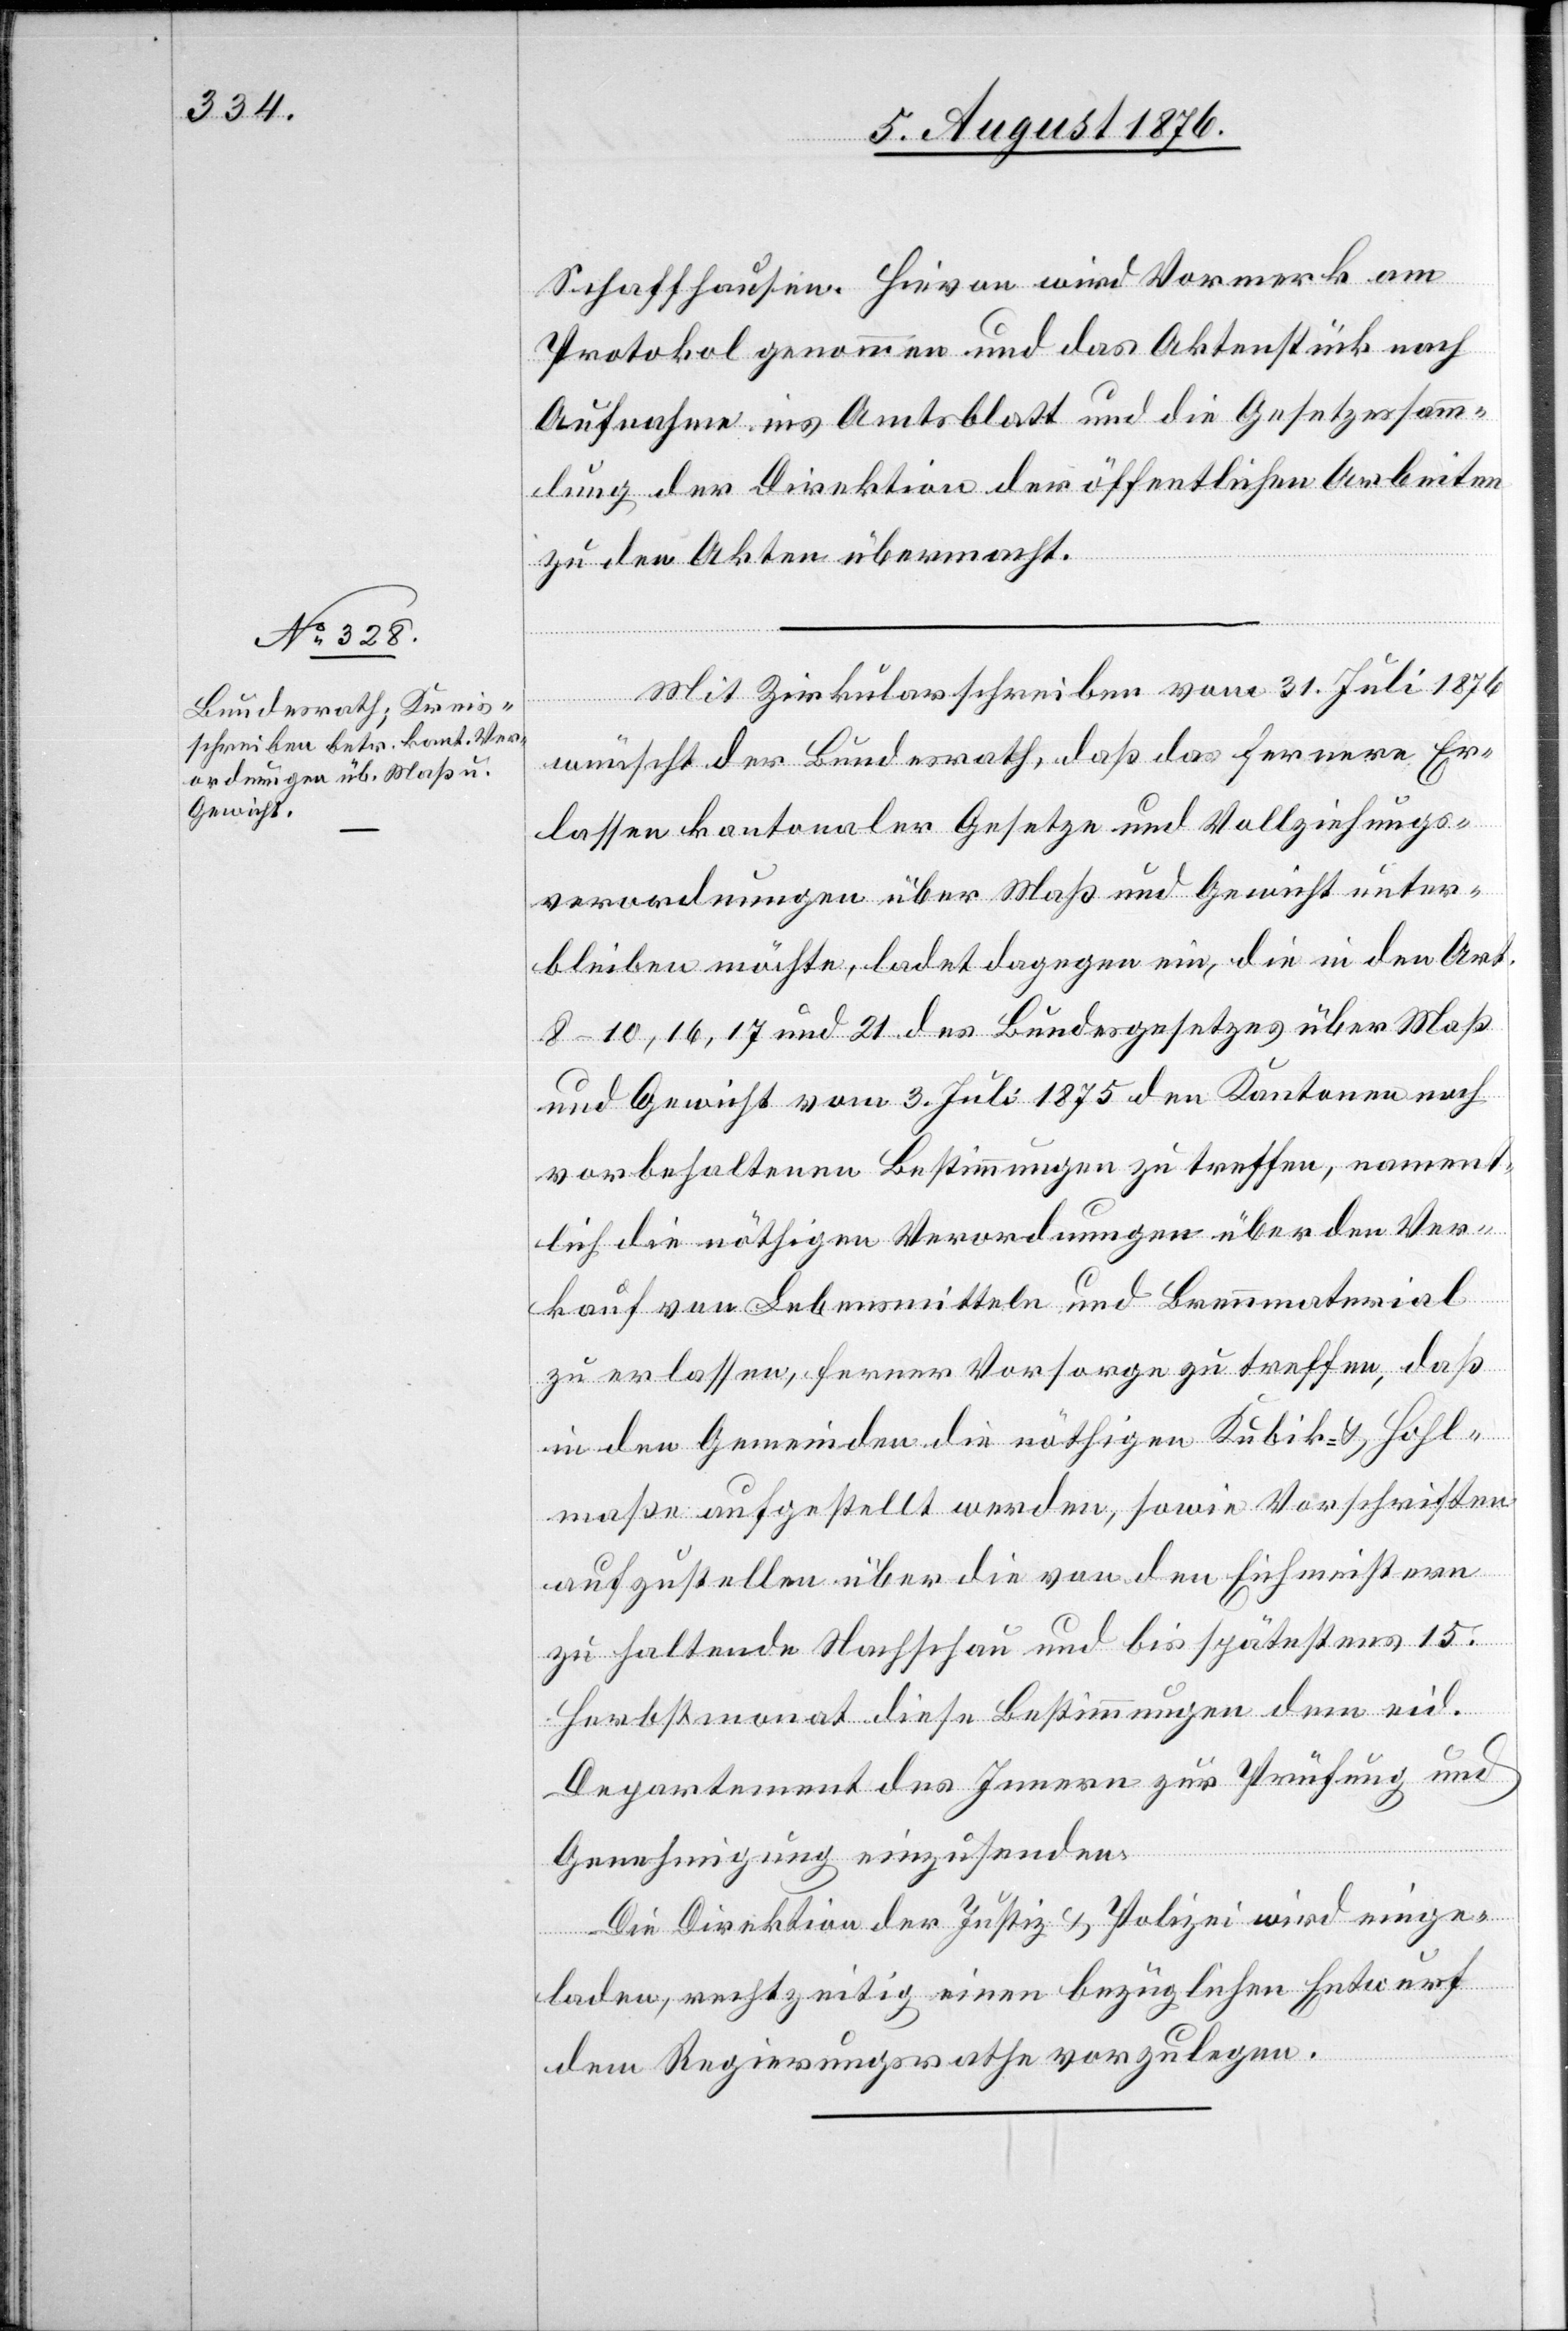
Schaffhausen. Hievon wird Vormerk am
Protokol genommen und das Aktenstück nach
Aufnahme ins Amtsblatt und die Gesetzessamm¬
lung der Direktion der öffentlichen Arbeiten
zu den Akten übermacht.
Mit Zirkularschreiben vom 31. Juli 1876
wünscht der Bundesrath, daß das fernere Er¬
lassen kantonaler Gesetze und Vollziehungs¬
verordnungen über Maß und Gewicht unter¬
bleiben möchte, ladet dagegen ein, die den Art.
8–10, 16, 17 und 21 des Bundesgesetzes über Maß
und Gewicht vom 3. Juli 1875 den Kantonen nach
vorbehaltenen Bestimmungen zu treffen, nament¬
lich die nöthigen Verordnungen über den Ver¬
kauf von Lebensmitteln und Brennmaterial
zu erlassen, ferner Vorsorge zu treffen, daß
in den Gemeinden die nöthigen Kubik- & Hohl¬
maße aufgestellt werden, sowie Vorschriften
aufzustellen über die von den Eichmeistern
zu haltende Nachschau und bis spätestens 15.
Herbstmonat diese Bestimmungen dem eid.
Departement des Innern zur Prüfung und
Genehmigung einzusenden.
Die Direktion der Justiz & Polizei wird einge¬
laden, rechtzeitig einen bezüglichen Entwurf
dem Regierungsrathe vorzulegen.